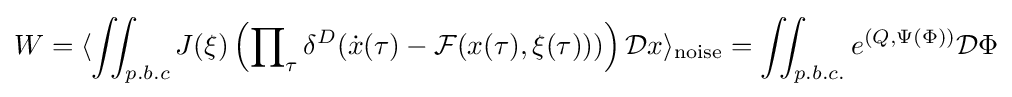
W=\langle \iint _{p.b.c}J(\xi )\left(\prod \nolimits _{\tau }\delta ^{D}({\dot {x}}(\tau )-{\mathcal {F}}(x(\tau ),\xi (\tau )))\right){\mathcal {D}}x\rangle _{\text{noise}}=\iint _{p.b.c.}e^{(Q,\Psi (\Phi ))}{\mathcal {D}}\Phi